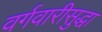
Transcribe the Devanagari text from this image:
वर्गवारीसुद्धा